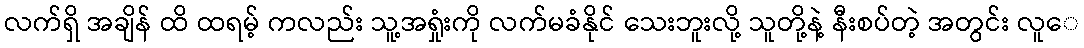
လက်ရှိ အချိန် ထိ ထရမ့် ကလည်း သူ့အရှုံးကို လက်မခံနိုင် သေးဘူးလို့ သူတို့နဲ့ နီးစပ်တဲ့ အတွင်း လူေ